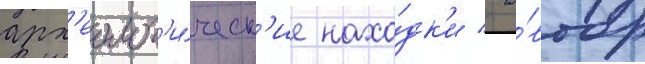
арх'еолог'и́ческ'ие нахо́дк'и / а́втор